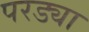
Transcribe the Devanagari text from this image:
परड्या